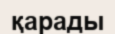
қарады